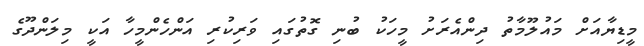
މީޑިޔާއަށް މައުލޫމާތު ދިންއެރަށު މީހަކު ބުނި ގޮތުގައި ވަރިކުރި އަންހެންމީހާ އަކީ މިލަންދޫގެ